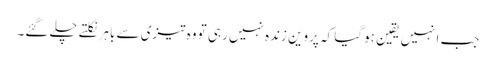
جب انہیں یقین ہو گیا کہ پروین زندہ نہیں رہی تو وہ تیزی سے باہر نکلتے چلے گئے۔